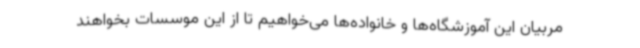
مربیان این آموزشگاه‌ها و خانواده‌ها می‌خواهیم تا از این موسسات بخواهند